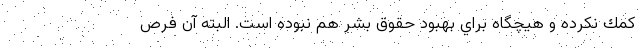
كمك نكرده و هيچگاه براي بهبود حقوق بشر هم نبوده است. البته آن فرص